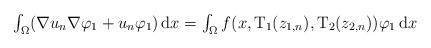
LaTeX: \begin{align*}\begin{array}{c}\int_{\Omega }(\nabla u_{n}\nabla \varphi _{1}+u_{n}\varphi _{1})\,\mathrm{d}x=\int_{\Omega }f(x,\mathrm{T}_{1}(z_{1,n}),\mathrm{T}_{2}(z_{2,n}))\varphi_{1}\,\mathrm{d}x\end{array}\end{align*}